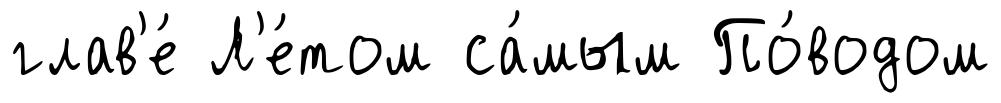
глав'е́ Л'е́том са́мым По́водом